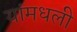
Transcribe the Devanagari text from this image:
यांमधली